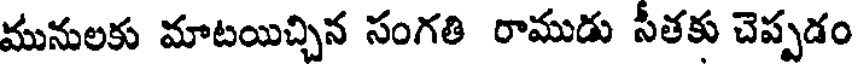
మునులకు మాటయిచ్చిన సంగతి రాముడు సీతకు చెప్పడం